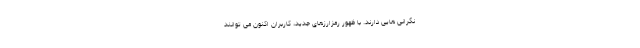
نگرانی هایی دارند. با ظهور رمزارزهای جدید، کاربران اکنون می توانند